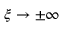
\xi \rightarrow \pm \infty